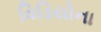
વિડિયોના